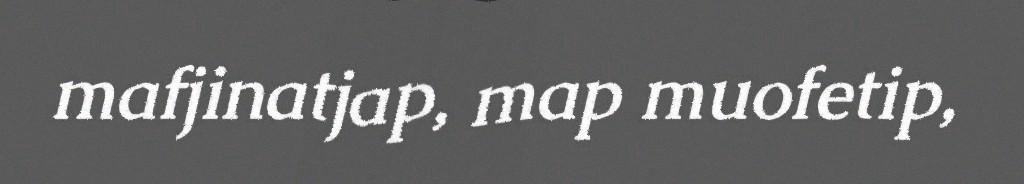
mafjinatjap, map muofetip,